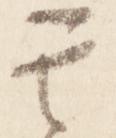
其